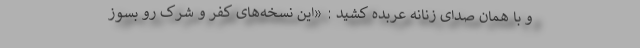
و با همان صدای زنانه عربده کشید : «این نسخه‌های کفر و شرک رو بسوز